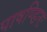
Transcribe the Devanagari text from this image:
पाषण्डिनः